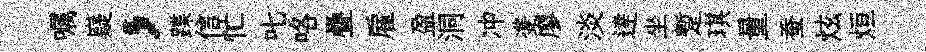
嘱嶷，蹀信忙叱咯疊雇盈洞冲㕠廖淡逹坐蹔琪量蚕炫烜